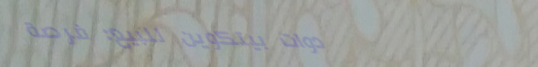
أدوات بيتكوين للبيع: فرصة